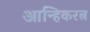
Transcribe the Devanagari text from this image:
आन्हिकरत्न